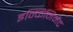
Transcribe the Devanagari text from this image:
इन्फिनिमेंट